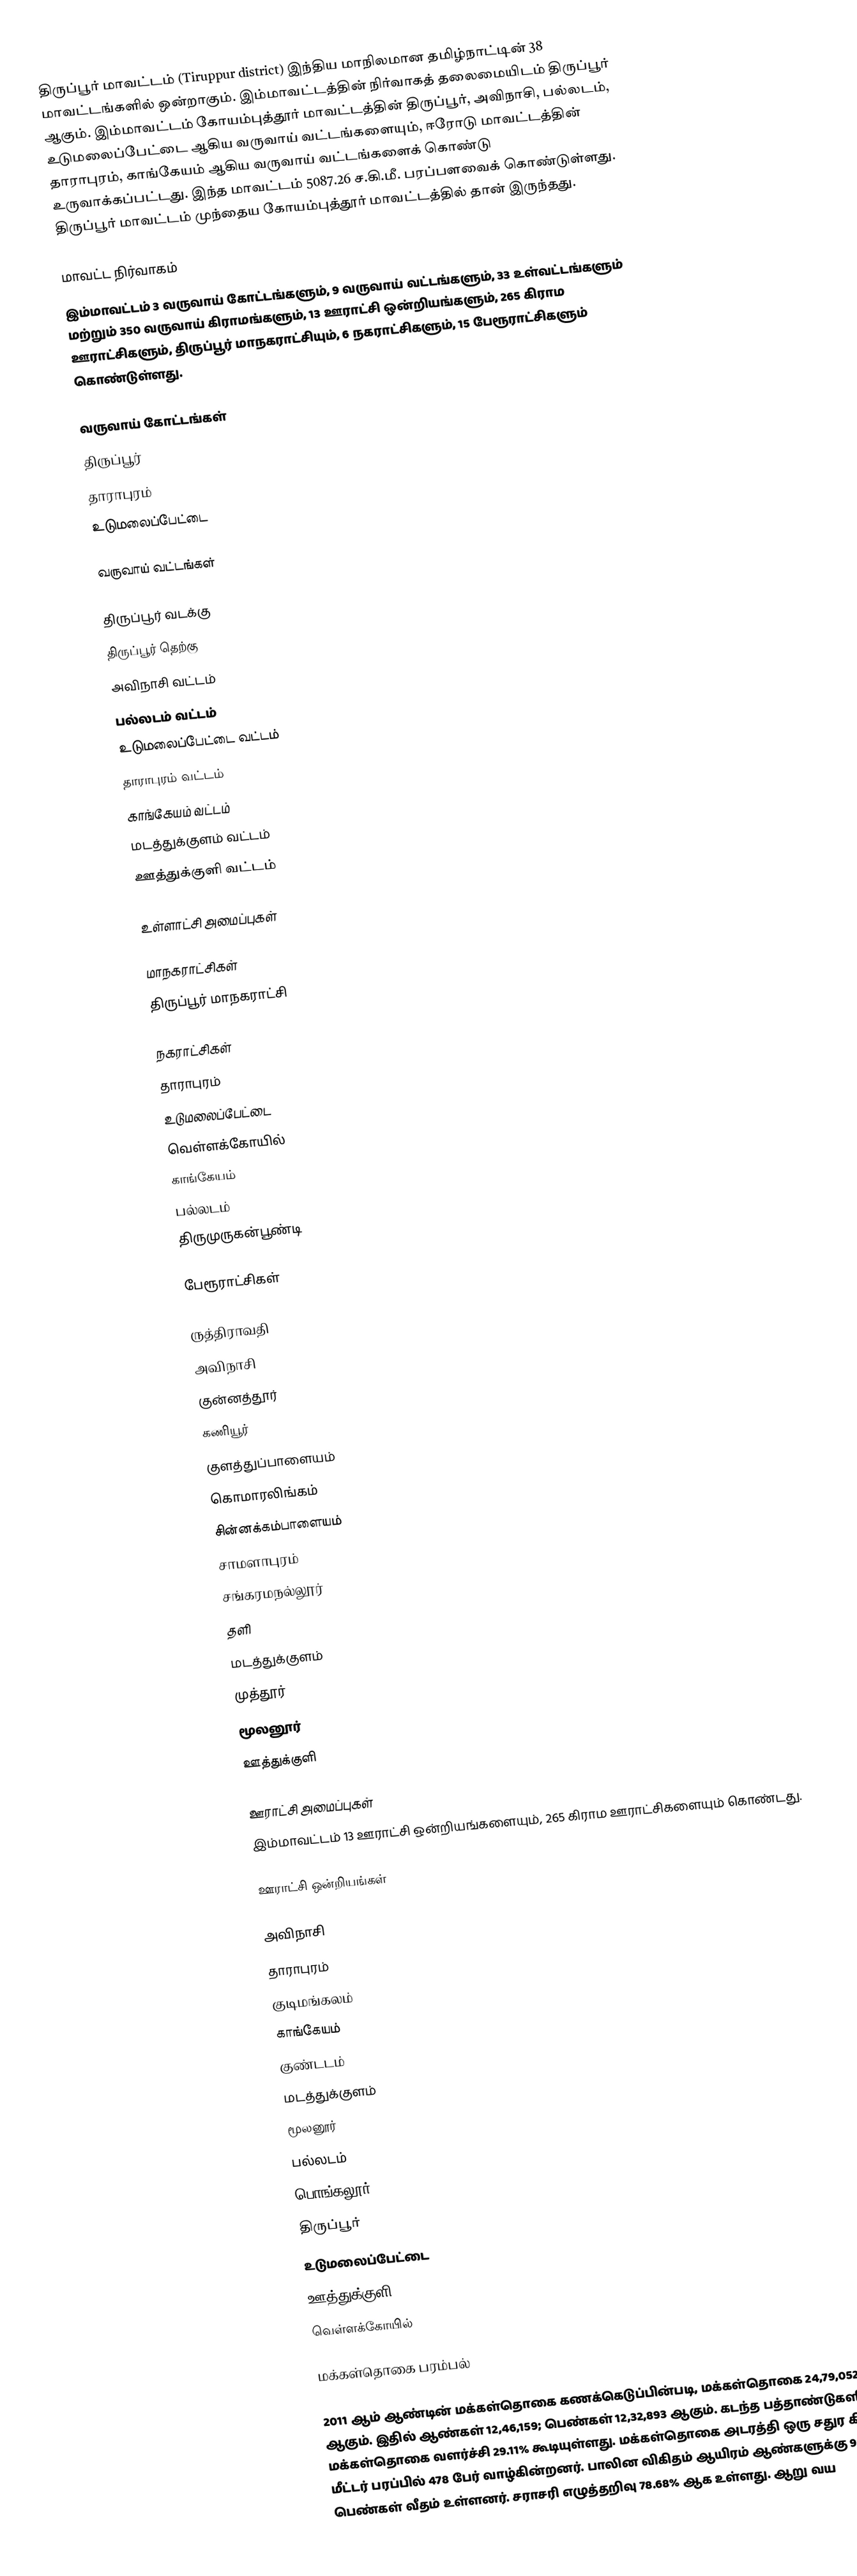
திருப்பூர் மாவட்டம் (Tiruppur district) இந்திய மாநிலமான தமிழ்நாட்டின் 38 மாவட்டங்களில் ஒன்றாகும். இம்மாவட்டத்தின் நிர்வாகத் தலைமையிடம் திருப்பூர் ஆகும். இம்மாவட்டம் கோயம்புத்தூர் மாவட்டத்தின் திருப்பூர், அவிநாசி, பல்லடம், உடுமலைப்பேட்டை ஆகிய வருவாய் வட்டங்களையும், ஈரோடு மாவட்டத்தின் தாராபுரம், காங்கேயம் ஆகிய வருவாய் வட்டங்களைக் கொண்டு உருவாக்கப்பட்டது. இந்த மாவட்டம் 5087.26 ச.கி.மீ. பரப்பளவைக் கொண்டுள்ளது. திருப்பூர் மாவட்டம் முந்தைய கோயம்புத்தூர் மாவட்டத்தில் தான் இருந்தது.

மாவட்ட நிர்வாகம்
இம்மாவட்டம் 3 வருவாய் கோட்டங்களும், 9 வருவாய் வட்டங்களும்,  33  உள்வட்டங்களும் மற்றும் 350 வருவாய் கிராமங்களும், 13 ஊராட்சி ஒன்றியங்களும், 265 கிராம ஊராட்சிகளும், திருப்பூர் மாநகராட்சியும், 6 நகராட்சிகளும், 15 பேரூராட்சிகளும் கொண்டுள்ளது.

வருவாய் கோட்டங்கள்
 திருப்பூர்
 தாராபுரம்
 உடுமலைப்பேட்டை

வருவாய் வட்டங்கள்

 திருப்பூர் வடக்கு
 திருப்பூர் தெற்கு
 அவிநாசி வட்டம்
 பல்லடம் வட்டம்
 உடுமலைப்பேட்டை வட்டம்
 தாராபுரம் வட்டம்
 காங்கேயம் வட்டம்
 மடத்துக்குளம் வட்டம்
 ஊத்துக்குளி வட்டம்

உள்ளாட்சி அமைப்புகள்

மாநகராட்சிகள்
 திருப்பூர் மாநகராட்சி

நகராட்சிகள்
 தாராபுரம்
 உடுமலைப்பேட்டை
 வெள்ளக்கோயில்
 காங்கேயம்
 பல்லடம்
 திருமுருகன்பூண்டி

பேரூராட்சிகள்

 ருத்திராவதி
 அவிநாசி
 குன்னத்தூர்
 கணியூர்
 குளத்துப்பாளையம்
 கொமாரலிங்கம்
 சின்னக்கம்பாளையம்
 சாமளாபுரம்
 சங்கரமநல்லூர்
 தளி
 மடத்துக்குளம்
 முத்தூர்
 மூலனூர்
 ஊத்துக்குளி

ஊராட்சி அமைப்புகள்
இம்மாவட்டம் 13 ஊராட்சி ஒன்றியங்களையும், 265 கிராம ஊராட்சிகளையும் கொண்டது.

ஊராட்சி ஒன்றியங்கள்

 அவிநாசி
 தாராபுரம்
 குடிமங்கலம்
 காங்கேயம்
 குண்டடம்
 மடத்துக்குளம்
 மூலனூர்
 பல்லடம்
 பொங்கலூர்
 திருப்பூர்
 உடுமலைப்பேட்டை
 ஊத்துக்குளி
 வெள்ளக்கோயில்

மக்கள்தொகை பரம்பல்

2011 ஆம் ஆண்டின் மக்கள்தொகை கணக்கெடுப்பின்படி, மக்கள்தொகை 24,79,052 ஆகும். இதில் ஆண்கள் 12,46,159; பெண்கள் 12,32,893 ஆகும். கடந்த பத்தாண்டுகளில் மக்கள்தொகை வளர்ச்சி 29.11% கூடியுள்ளது. மக்கள்தொகை அடரத்தி ஒரு சதுர கிலோ மீட்டர் பரப்பில் 478 பேர் வாழ்கின்றனர். பாலின விகிதம் ஆயிரம் ஆண்களுக்கு 989 பெண்கள் வீதம் உள்ளனர். சராசரி எழுத்தறிவு 78.68% ஆக உள்ளது. ஆறு வய